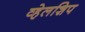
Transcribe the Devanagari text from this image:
व्हेलशिप